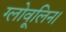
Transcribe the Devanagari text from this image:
ग्लोवूलिन।